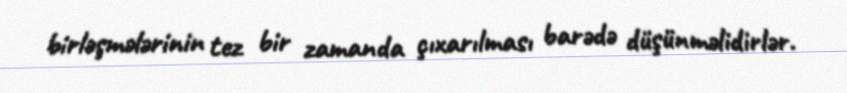
birləşmələrinin tez bir zamanda çıxarılması barədə düşünməlidirlər.